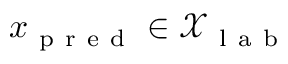
x _ { \mathrm { ~ p ~ r ~ e ~ d ~ } } \in \mathcal { X } _ { \mathrm { ~ l ~ a ~ b ~ } }